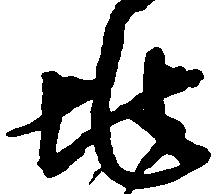
兆